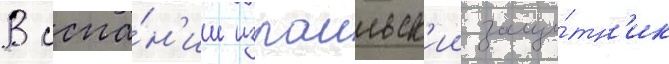
В испа́н'ии израильск'ии защи́тн'ик